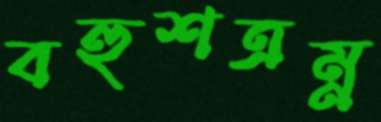
বহুশত্রম্ন